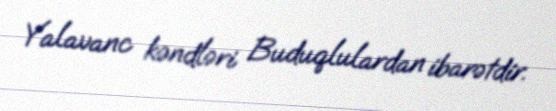
Yalavanc kəndləri Buduqlulardan ibarətdir.